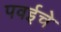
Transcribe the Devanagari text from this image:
पवईचे